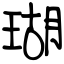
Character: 瑚